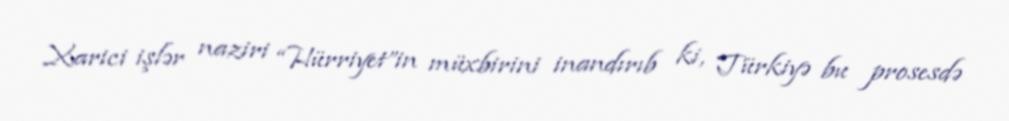
Xarici işlər naziri “Hürriyet”in müxbirini inandırıb ki, Türkiyə bu prosesdə